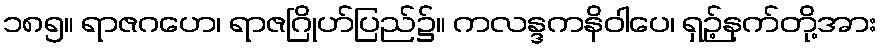
၁၈၅။ ရာဇဂဟေ၊ ရာဇဂြိုဟ်ပြည်၌။ ကလန္ဒကနိဝါပေ၊ ရှဉ့်နက်တို့အား